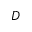
D